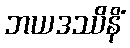
ဘယဒဿိနိံ